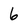
Character: 6